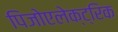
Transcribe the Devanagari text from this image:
पिजोएलेक्ट्रिक